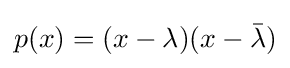
p(x)=(x-\lambda )(x-{\bar {\lambda }})